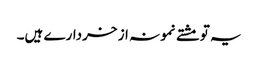
یہ تو مشتے نمونہ از خردارے ہیں۔